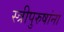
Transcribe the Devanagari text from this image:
स्त्रीपुरुषांना